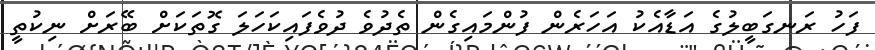
ފަހު ރަނގަބީލުގެ އަޑާއެކު އަހަރެން ފުންމައިގެން ތެދުވެ ދުވެފައިކަހަލަ ގޮތަކަށް ބޭރަށް ނިކުތީ